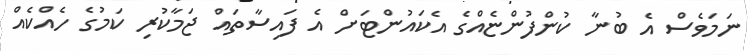
ނަމަވެސް އެ ބުނާ ކުންފުންޏެއްގެ އެކައުންޓަށް އެ ފައިސާތައް ޖަމާކުރި ކަމުގެ ހެއްކެއް